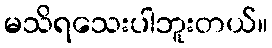
မသိရသေးပါဘူးတယ်။